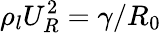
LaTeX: \rho_{l}U_{R}^{2}=\gamma/R_{0}